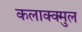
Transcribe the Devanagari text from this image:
कलाक्क्मुल